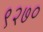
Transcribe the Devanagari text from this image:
९२७०